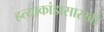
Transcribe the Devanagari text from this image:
हत्याकांडासारखी